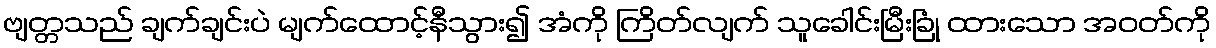
ဗျတ္တသည် ချက်ချင်းပဲ မျက်ထောင့်နီသွား၍ အံကို ကြိတ်လျက် သူခေါင်းမြီးခြုံ ထားသော အဝတ်ကို